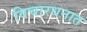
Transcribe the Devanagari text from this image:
विचारधनात